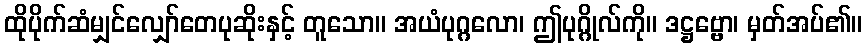
ထိုပိုက်ဆံမျှင်လျှော်တေပုဆိုးနှင့် တူသော။ အယံပုဂ္ဂလော၊ ဤပုဂ္ဂိုလ်ကို။ ဒဋ္ဌဗ္ဗော၊ မှတ်အပ်၏။